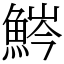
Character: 𩷒